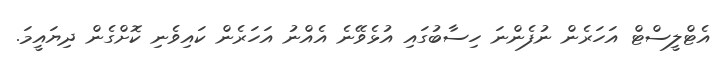
އެޓްލީސްޓް އަހަރެން ނުފެންނަ ހިސާބުގައި އުޅެވޭނެ އެއްނު އަހަރެން ކައިވެނި ކޮށްގެން ދިޔައީމަ.